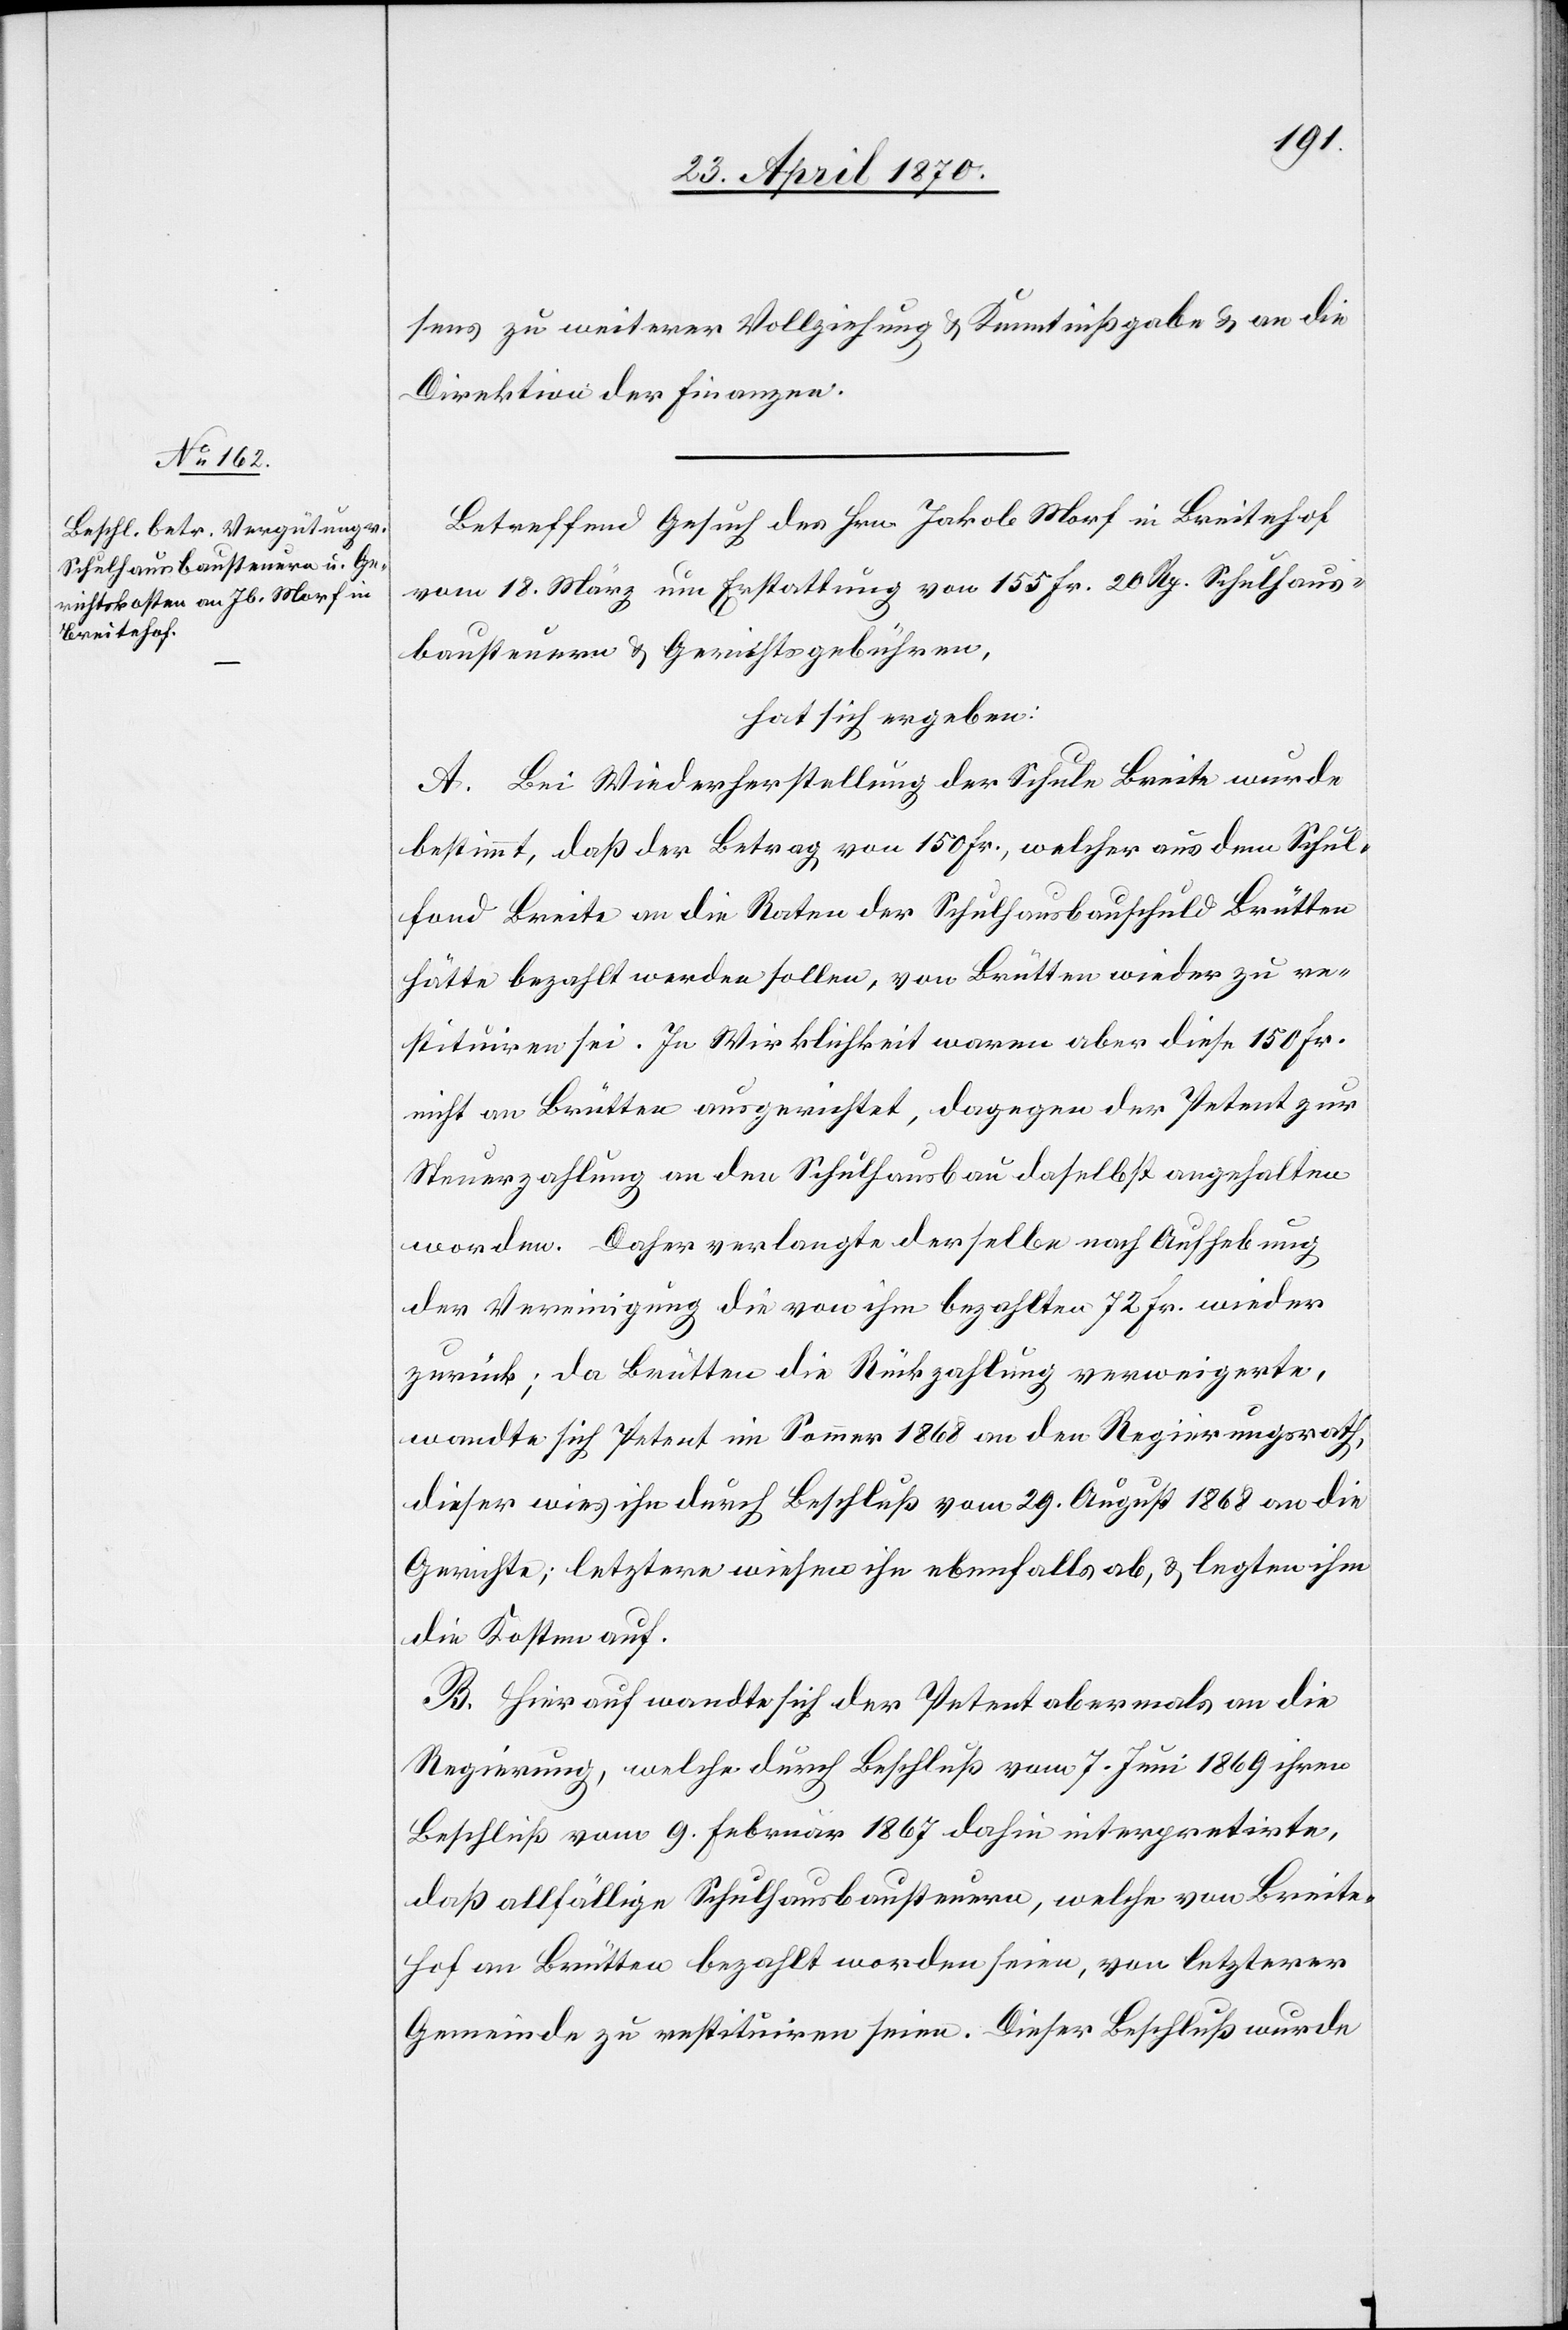
sens zu weiterer Vollziehung & Kenntnißgabe & an die
Direktion der Finanzen.
Betreffend Gesuch des Hrn. Jakob Morf in Breitehof
vom 18. März um Erstattung von 155 Fr. 20 Rp. Schulhaus¬
bausteuern & Gerichtsgebühren,
hat sich ergeben:
A. Bei Wiederherstellung der Schule Breite wurde
bestimmt, daß der Betrag von 150 Fr., welcher aus dem Schul¬
fond Breite an die Raten der Schulhausbauschuld Brütten
hätte bezahlt werden sollen, von Brütten wieder zu re¬
stituiren sei. In Wirklichkeit waren aber diese 150 Fr.
nicht an Brütten ausgerichtet, dagegen der Petent zur
Steuerzahlung an den Schulhausbau daselbst angehalten
worden. Daher verlangte derselbe nach Aufhebung
der Vereinigung die von ihm bezahlten 72 Fr. wieder
zurück; da Brütten die Rückzahlung verweigerte,
wandte sich Petent im Sommer 1868 an den Regierungsrath,
dieser wies ihn durch Beschluß vom 29. August 1868 an die
Gerichte; letztere wiesen ihn ebenfalls ab, & legten ihm
die Kosten auf.
B. Hierauf wandte sich der Petent abermals an die
Regierung, welche durch Beschluß vom 7. Juni 1869 ihren
Beschluß vom 9. Februar 1867 dahin interpretirten,
daß allfällige Schulhausbausteuern, welche von Breite¬
hof an Brütten bezahlt worden seien, von letzterer
Gemeinde zu restituiren seien. Dieser Beschluß wurde